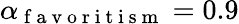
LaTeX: \alpha_{\mathrm{~f~a~v~o~r~i~t~i~s~m~}}=0.9